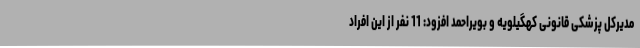
مدیرکل پزشکی قانونی کهگیلویه و بویراحمد افزود: 11 نفر از این افراد